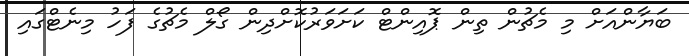
ބަޔާންއަށް މި މެޗުން ތިން ޕޮއިންޓް ކަށަވަރުކޮށްދިން ގޯލް މެޗުގެ ފަހު މިނެޓްގައި